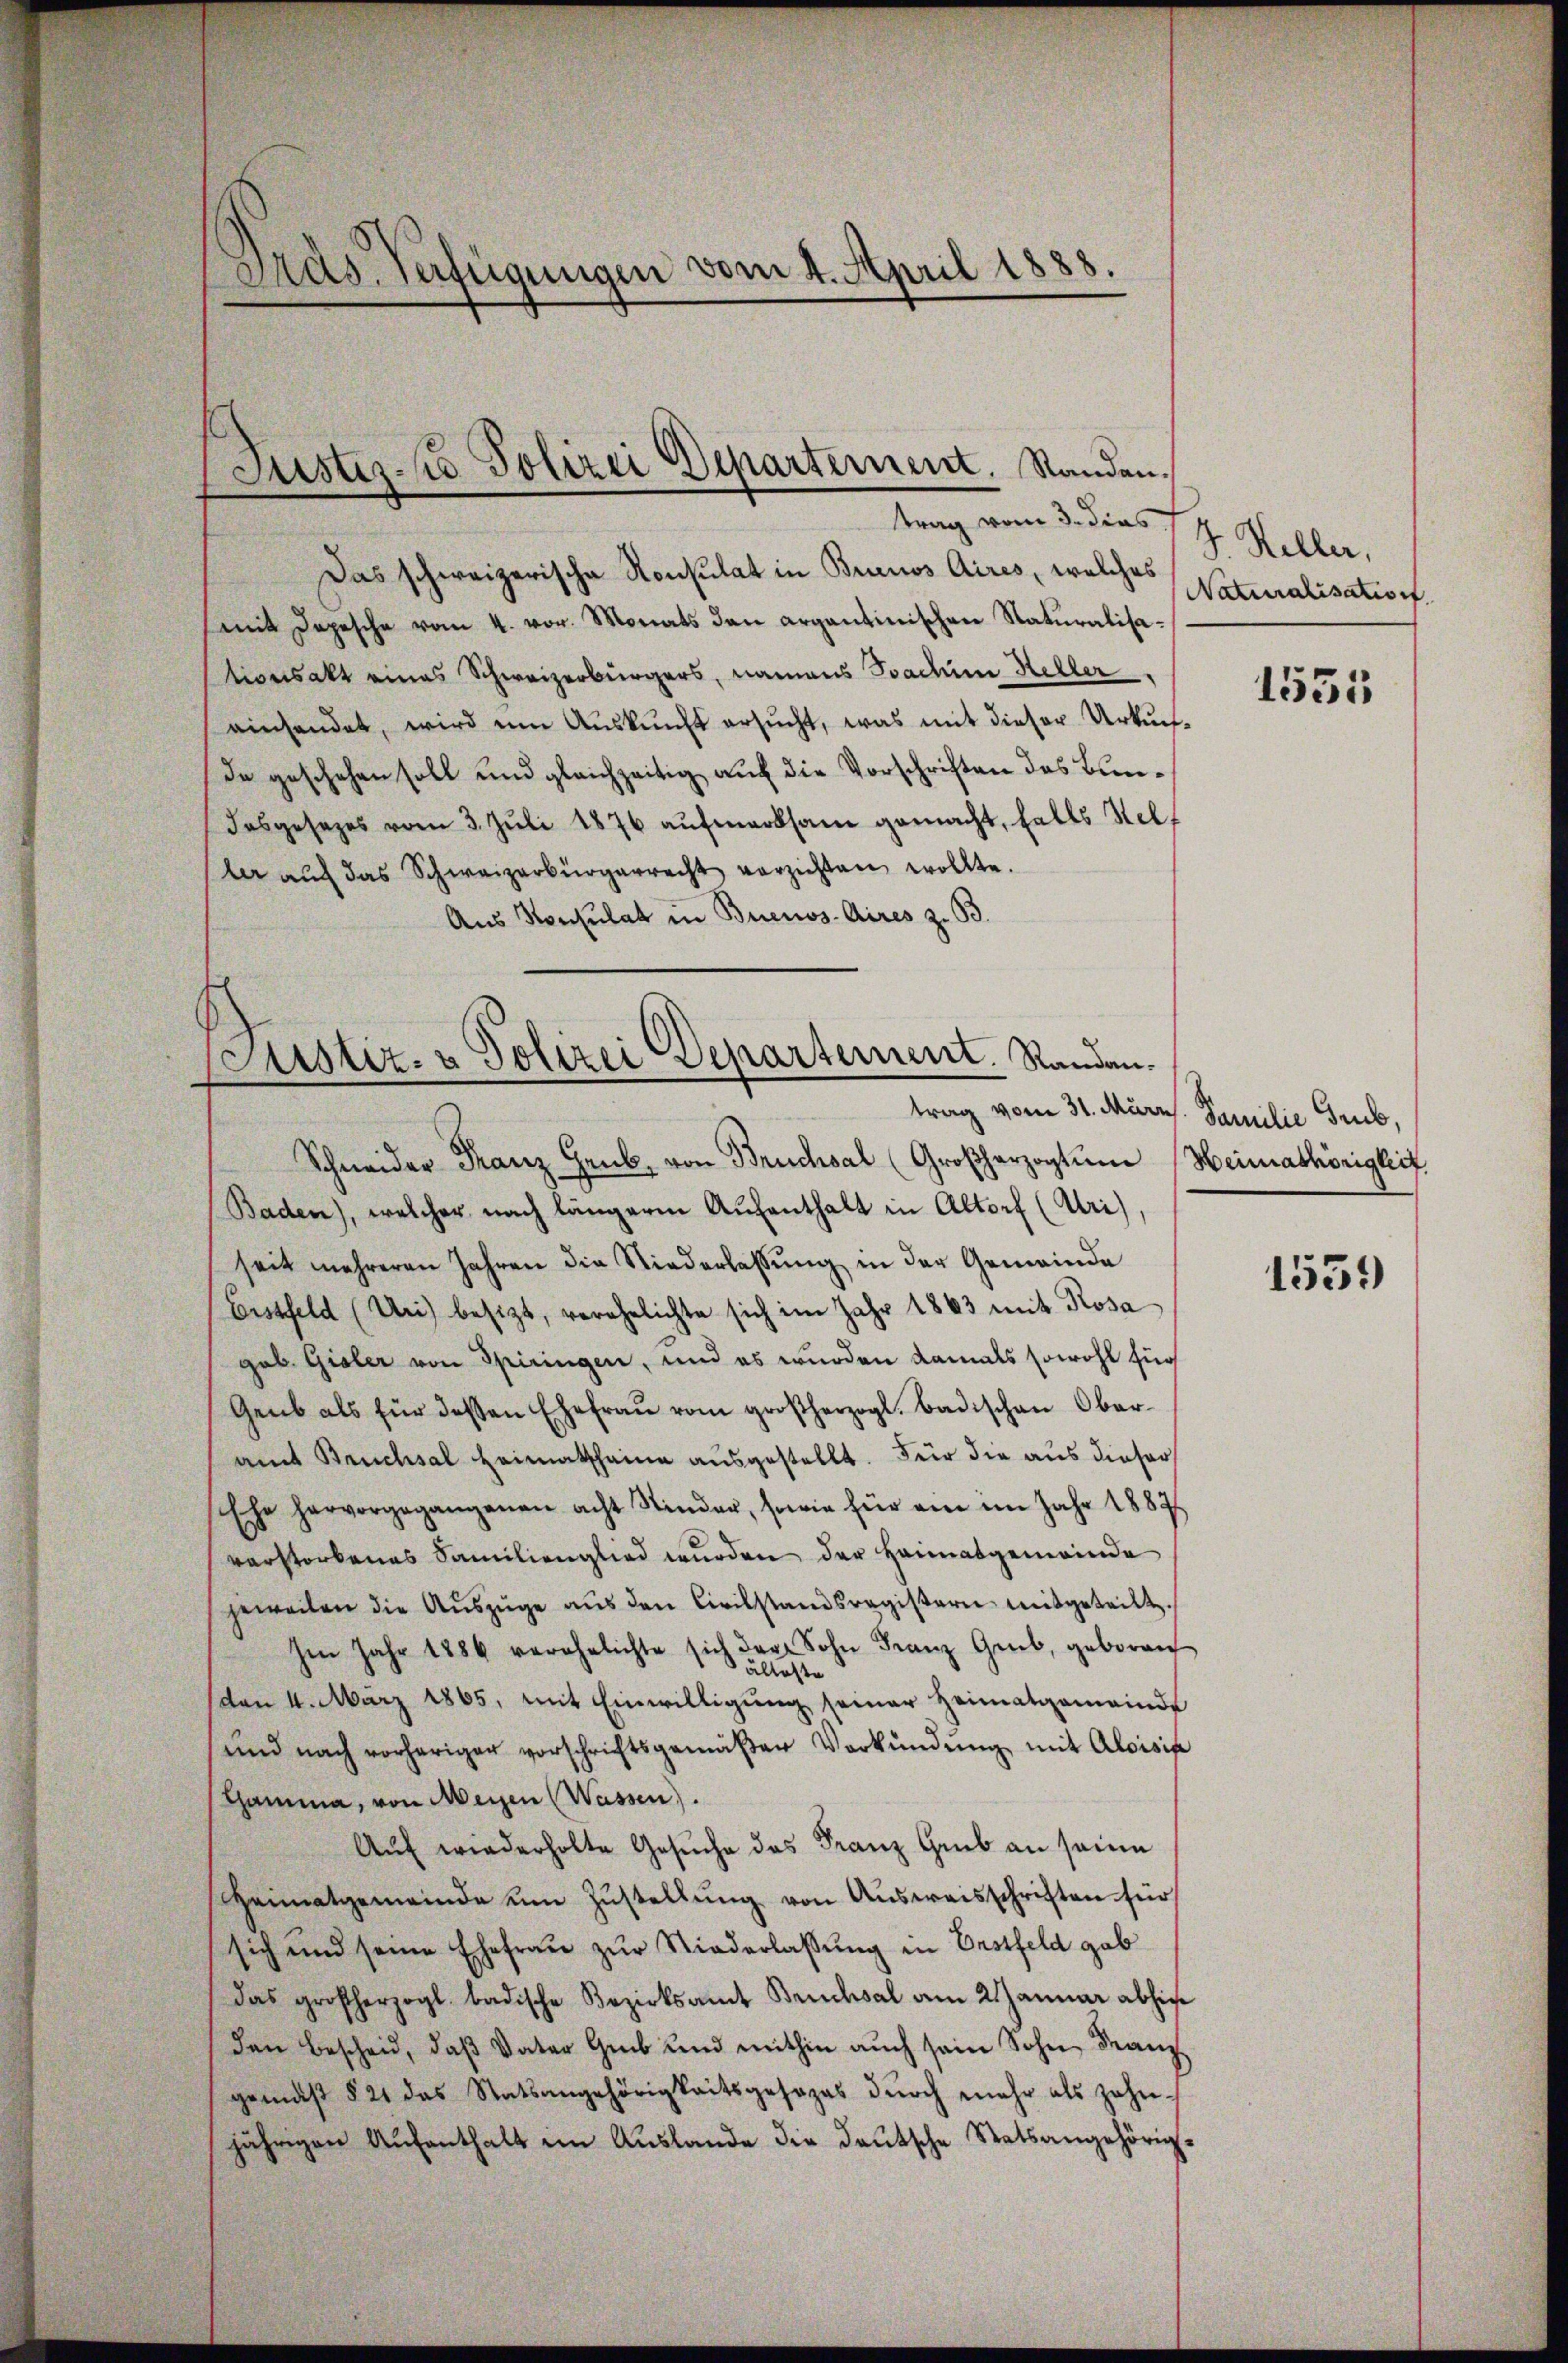
Das schweizerische Konsulat in Buenos Aires, welches Naturalisatio f.
mit Depesche vom 4. vor. Monats den argantinischen Naturalisationsakt eines Schweizerbürgers, namens Joachim Heller,
einsendet, wird ŭm Aŭskŭnft ersŭcht, was mit dieser Urkun-
de geschehen soll und gleichzeitig auf die Vorschriften das Bundasgesezes vom 3. Jŭli 1876 aŭfmerksam gemacht, falls Stellar auf das Schweizerbürgerrecht verzichten wollte.
Aus Konsulat in Buenos Aires z. B.

Dräs. Verfügungen vom 4. April 1888.

Justiz- Polizei Departement. Randen.
trag vom 3. dies J. J. Heller,

Custiz- & Polizei Departement. Randantrag vom 31. Märzs. Familie Grub,

Schneider Franz Grub, von Bruchsal (Großherzogtum (Heimathörigkeit.
Baden), welcher nach längeren Aufenthalt in Altorf (Uri)
seit mehreren Jahren die Niederlassŭng in der Gemeinde
Eissfeld (Uri) besizt, verehelichte sich im Jahr 1863 mit Rosa
gob. Gisler von Spiringen, und es wurden damals sowohl für
Genb als für dessen Ehefraŭ vom großherzogl. Badischen Ober-
amt Bruchsal Heimatscheine ausgestellt. Für die aus dieser
Ehe hervorgegangenen acht Kinder, sowie für ein im Jahr 1887
verstorbenes Familienglied wurden der Heimatgemeinde
jeweilen die Aŭszŭge aŭs den Civilstandsregistern mitgeteilt.
Im Jahr 1886 verehelichte sich der Sohn Franz Grub, geboren
(den 4. März 1865, mit Einwilligung seiner Heimatgemeinde
und nach vorheriger vorschriftsgemäβer Verkündŭng mit Aloisis
Hamma, von Meien (Wassen.
Aŭf wiederholte Gesuche des Franz Grub an seine
Heimatgemeinde ŭm Zŭstellŭng von Aŭsweisschriften für
sich und seine Ehefrau zur Niederlassung in Erstfeld gab
das großherzogl. badische Bezirksamt Bruchsal am 21 Januar abhin
den Bescheid, daß Vater Grab und mithin auch sein Sohn Franz
gemäß § 21 das Statsangehörigkeitsgesages dŭrch mehr als zehn-
jährigen Aŭfenthalt im Aŭslande die deŭtsche Statsangehörig-

1555

1551